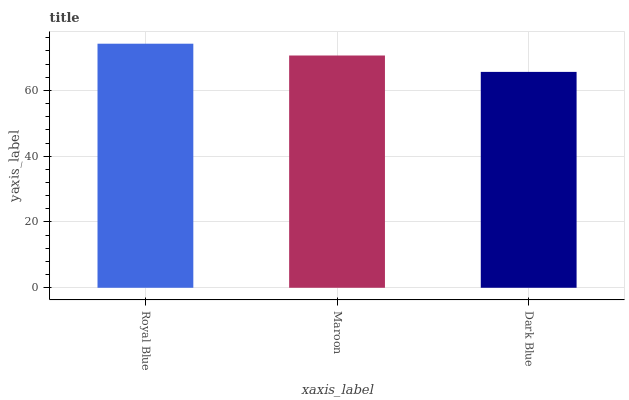
| xaxis_label | bars |
 | --- | --- |
 | Royal Blue | 74.2 |
 | Maroon | 70.6 |
 | Dark Blue | 65.6 |